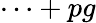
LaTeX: \cdots+pg